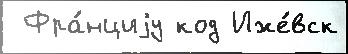
 Фра́нциjу код Иже́вск